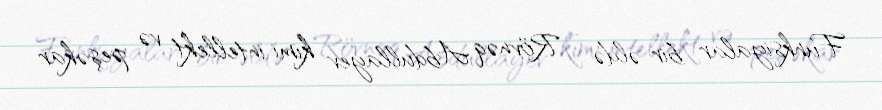
Funksiyalar bir əldə - Rövnəq Abdullayev kimi intellekt və peşəkar